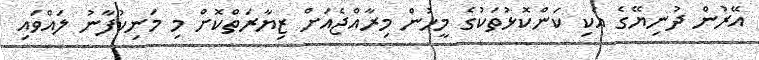
އޭރުން ދުނިޔޭގެ އެކި ކަންކޮޅުތަކުގެ މީހުން މިރާއްޖެއަށް ޒިޔާރަތްކޮށް މި މަނިކުފާނު ލައްވައި